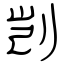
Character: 剀